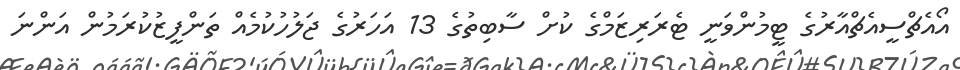
އޯއެޗްސީއެޗްއާރުގެ ޓީމުންވަނީ ޓެރަރިޒަމްގެ ކުށް ސާބިތުގެ 13 އަހަރުގެ ޖަލުހުކުމެއް ތަންފީޒުކުރަމުން އަންނަ